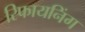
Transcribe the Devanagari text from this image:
रिफायनिंग